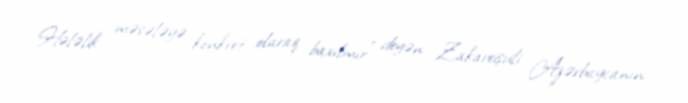
Hələlik məsələyə konkret olaraq baxılmır” deyən Zakareişvili Azərbaycanın